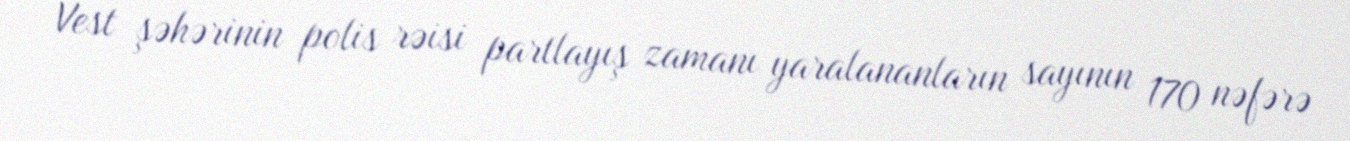
Vest şəhərinin polis rəisi partlayış zamanı yaralananların sayının 170 nəfərə